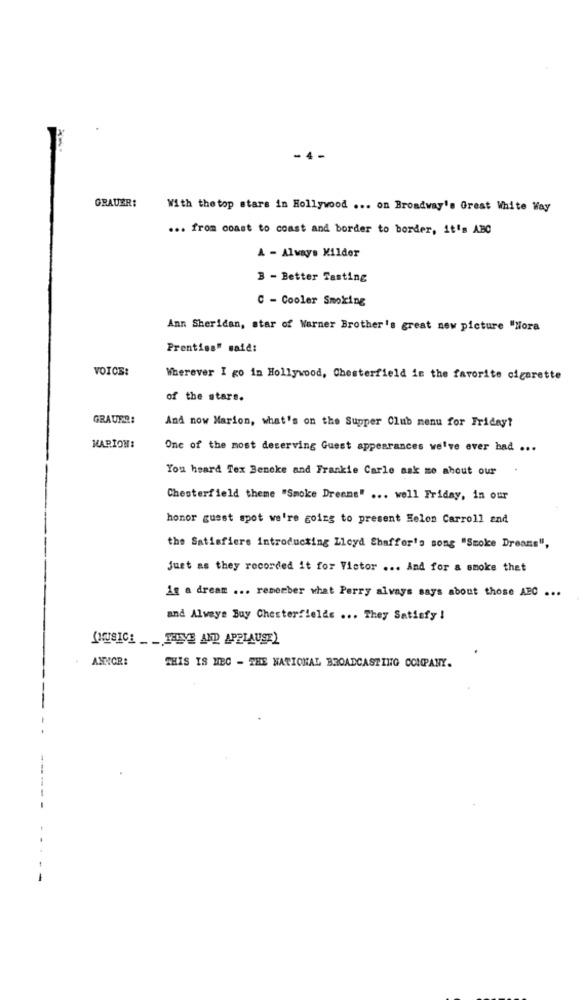
- 4 -
GRAUER:
With thetop stars in Hollywood ... on Broadway's Great White Way
... from coast to coast and border to border, it's ABC
A - Always Kilder
B - Better Tasting
C - Cooler Smoking
Ann Sheridan, star of Warner Brother's great new picture "Hora
Prentiss" said:
VOICE:
Wherever I go in Hollywood, Chesterfield in the favorite cigarette
of the stars.
GRAUER:
And now Marion, what's on the Supper Club menu for Friday?
MARION!
One of the most deserving Guest appearances we've ever had ...
You heard Tex Beneke and Frankie Carle ask me about our
Chesterfield theme "Smoke Dreams" ... well Friday, in our
honor guest spot we're going to present Helon Carroll and
the Satisfiere introducting Lloyd Shaffor's song "Smoke Dreams",
Just as they recorded it for Victor ... And for a smoke that
An a dream ... remember what Perry alvays says about those ABC ...
and Always Buy Chesterfields ... They Satisfy !
(MUSICE __ TALE AND APPLAUSE)
ANNOR:
THIS IS MEC - THE NATIONAL BROADCASTING COMPANY.